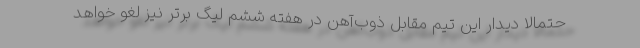
حتمالاً دیدار این تیم مقابل ذوب‌آهن در هفته ششم لیگ برتر نیز لغو خواهد